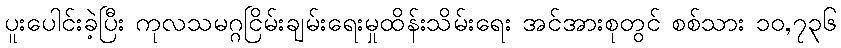
ပူးပေါင်းခဲ့ပြီး ကုလသမဂ္ဂငြိမ်းချမ်းရေးမှုထိန်းသိမ်းရေး အင်အားစုတွင် စစ်သား ၁၀,၇၃၆